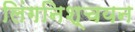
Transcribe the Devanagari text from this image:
लिंगनिश्चयन